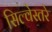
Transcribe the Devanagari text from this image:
सिल्वेस्तरे